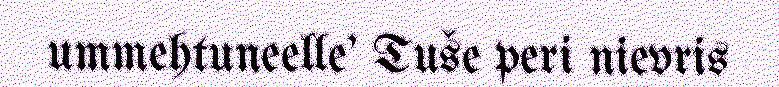
ummehtuneelle' Tuše peri nievris